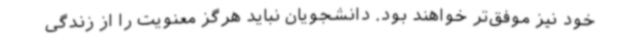
خود نیز موفق‌تر خواهند بود. دانشجویان نباید هرگز معنویت را از زندگی